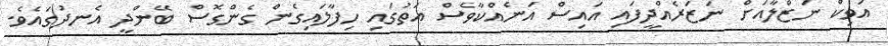
އަވިކް ނަޒްލާއަށް ނަޒަރެއްދީފައި އައިސް އަނެއްކާވެސް އަތުގައި ހިފާލައިގެން ގެންގޮސް ބޭންދީ އެނދުގައެވެ.